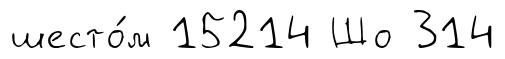
шесто́м 15214 Шо 314